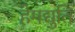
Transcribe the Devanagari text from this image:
हेमद्युति